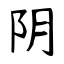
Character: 阴